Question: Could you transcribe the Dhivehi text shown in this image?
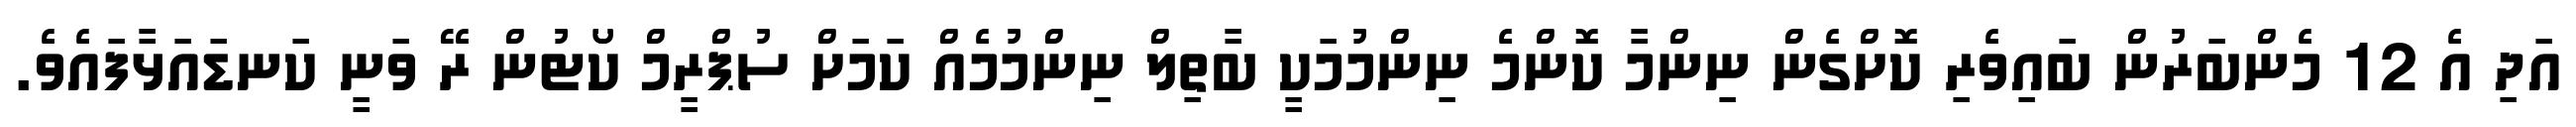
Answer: އަދި އެ 12 މެންބަރުން ބައިވެރި ކޮށްގެން ނިންމާ ކޮންމެ ނިންމުމަކީ ބާތިލް ނިންމުމެއް ކަމަށް ސުޕްރީމް ކޯޓުން ރޭ ވަނީ ކަނޑައަޅާފައެވެ.